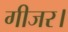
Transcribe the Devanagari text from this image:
गीजर।